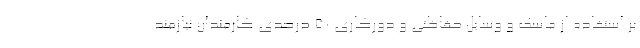
بر استفاده از ماسک و وسایل حفاظتی و دورکاری ۵۰ درصدی کارمندان نیازمند